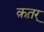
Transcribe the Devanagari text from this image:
क़त़र्